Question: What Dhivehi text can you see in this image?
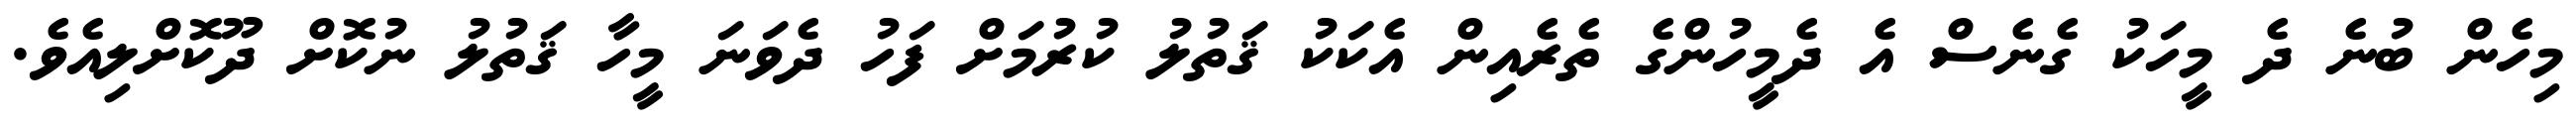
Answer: މިހެން ބުނެ ދެ މީހަކު ގެނެސް އެ ދެމީހުންގެ ތެރެއިން އެކަކު ޤަތުލު ކުރުމަށް ފަހު ދެވަނަ މީހާ ޤަތުލު ނުކޮށް ދޫކޮށްލިއެވެ.